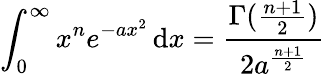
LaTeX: \int_{0}^{\infty}x^{n}e^{-ax^{2}}\, \mathrm{d}x={\frac{{\Gamma({\frac{{n+1}}{{2}}})}}{{2a^{\frac{{n+1}}{{2}}}}}}